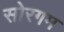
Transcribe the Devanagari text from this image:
सोरगम